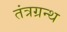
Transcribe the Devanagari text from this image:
तंत्रग्रन्थ